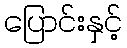
ပြောင်းနှင့်